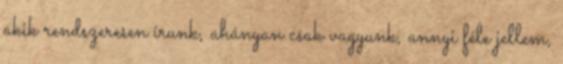
akik rendszeresen írunk, ahányan csak vagyunk, annyi féle jellem,